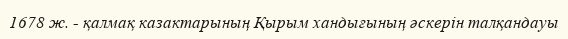
1678 ж. - қалмақ казактарының Қырым хандығының әскерін талқандауы